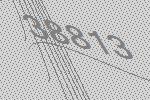
38813